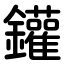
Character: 鑵